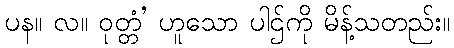
ပန။ လ။ ဝုတ္တံ’ ဟူသော ပါဌ်ကို မိန့်သတည်း။